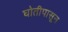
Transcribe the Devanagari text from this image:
घोतीपासून